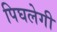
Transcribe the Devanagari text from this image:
पिघलेगी